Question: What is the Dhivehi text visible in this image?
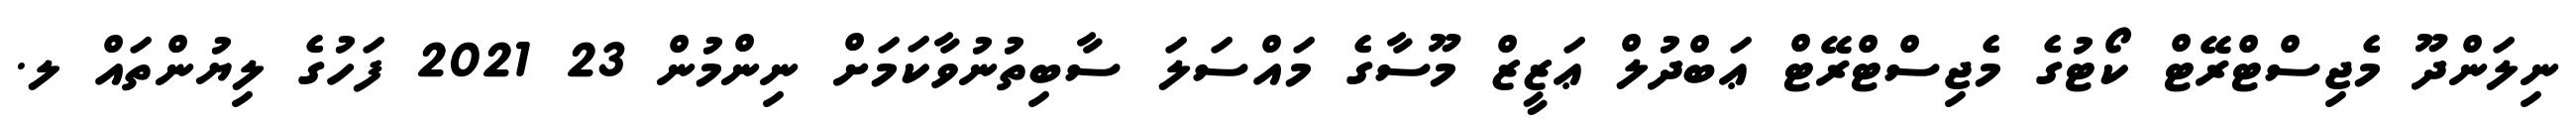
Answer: ނިލަންދޫ މެޖިސްޓްރޭޓް ކޯޓުގެ މެޖިސްޓްރޭޓް ޢަބްދުލް ޢަޒީޒް މޫސާގެ މައްސަލަ ސާބިތުނުވާކަމަށް ނިންމުން 23 2021 ފަހުގެ ލިޔުންތައް ލ.